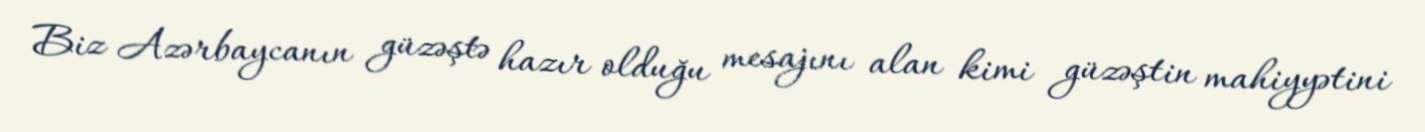
Biz Azərbaycanın güzəştə hazır olduğu mesajını alan kimi güzəştin mahiyyətini